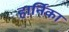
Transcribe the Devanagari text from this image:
हार्निका